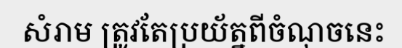
សំរាម ត្រូវតែប្រយ័ត្នពីចំណុចនេះ